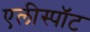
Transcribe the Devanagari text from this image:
एलीस्पॉट